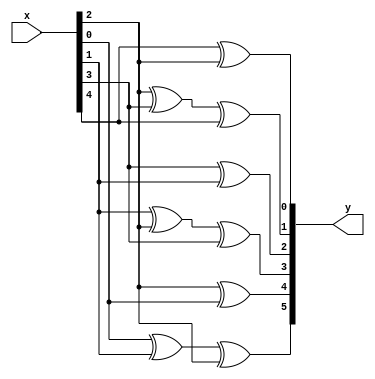
`timescale 1ns / 1ps

module convolutional_encoder(
input [4:0]x,
output reg [5:0] y
    );
    always@(*)
    begin
    y[5] = x[0] ^ x[1] ^ x[2];
    y[4] = x[2] ^ x[0];
    y[3] = x[1] ^ x[2] ^ x[3];
    y[2] = x[3] ^ x[1];
    y[1] = x[2] ^ x[3] ^ x[4];
    y[0] = x[4] ^ x[2];
    end
    
endmodule